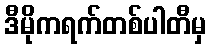
ဒီမိုကရက်တစ်ပါတီမှ